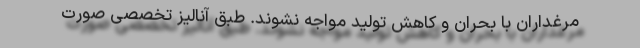
مرغداران با بحران و کاهش تولید مواجه نشوند. طبق آنالیز تخصصی صورت